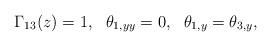
LaTeX: \begin{align*}\Gamma_{13}(z)=1,\ \ \theta_{1,yy}=0,\ \ \theta_{1,y}=\theta_{3,y},\end{align*}